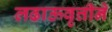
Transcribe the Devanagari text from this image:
लढाऊवृत्तीने